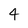
Character: 4